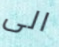
الى